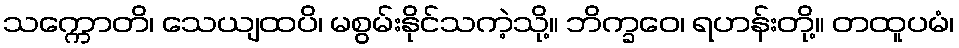
သက္ကောတိ၊ သေယျထပိ၊ မစွမ်းနိုင်သကဲ့သို့။ ဘိက္ခဝေ၊ ရဟန်းတို့။ တထူပမံ၊